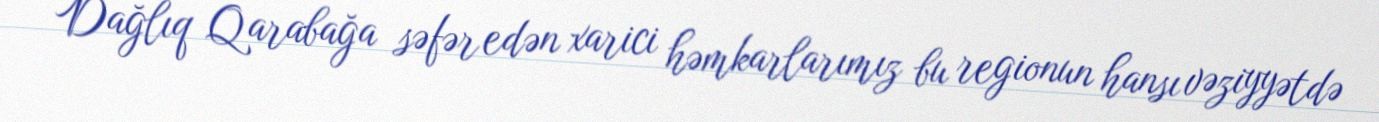
Dağlıq Qarabağa səfər edən xarici həmkarlarımız bu regionun hansı vəziyyətdə